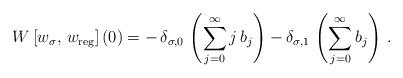
LaTeX: \begin{align*}W\left[w_\sigma,\,w_{\rm reg}\right](0)=-\,\delta_{\sigma,0}\,\left(\sum_{j=0}^\infty j\,b_j\right) - \delta_{\sigma,1}\,\left(\sum_{j=0}^\infty b_j\right)\,. \end{align*}